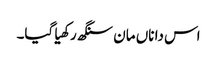
اس دا ناں مان سنگھ رکھیا گیا۔